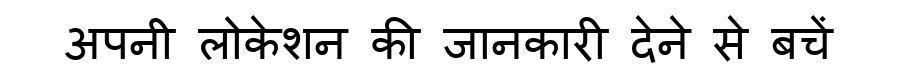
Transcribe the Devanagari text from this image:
अपनी लोकेशन की जानकारी देने से बचें